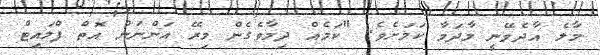
މާލެ އާދެވޭނީ މާދަމާ ކަމަށެވެ. "ކަމެއް ދިމާވެގެން މިރޭ އަންނަން އޮތް ފްލައިޓް